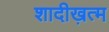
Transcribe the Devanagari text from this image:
शादीख़त्म